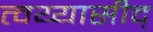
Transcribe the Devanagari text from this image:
त्वय्यासीद्